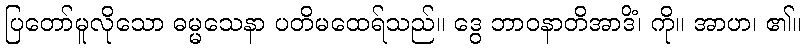
ပြတော်မူလိုသော ဓမ္မသေနာ ပတိမထေရ်သည်။ ဒွေ ဘာဝနာတိအာဒိံ၊ ကို။ အာဟ၊ ၏။